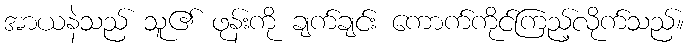
အာယနဲသည် သူ၏ ဖုန်းကို ချက်ချင်း ကောက်ကိုင်ကြည့်လိုက်သည်။